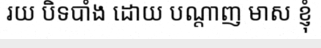
រយ បិទបាំង ដោយ បណ្តាញ មាស ខ្ញុំ